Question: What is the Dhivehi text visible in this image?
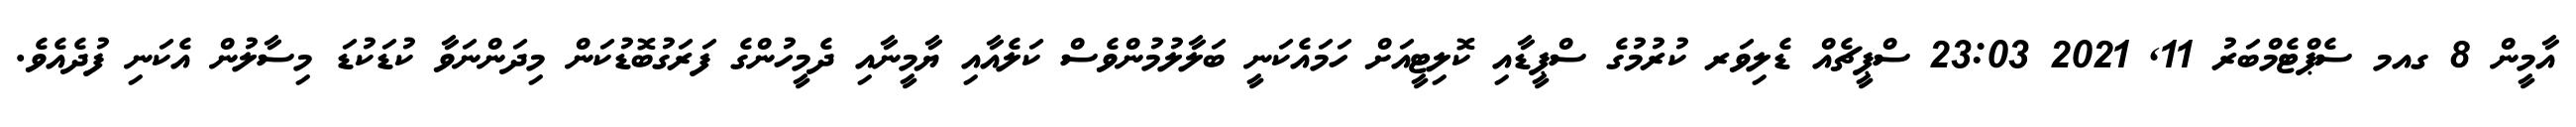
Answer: އާމީން 8 ގއމ ސެޕްޓެމްބަރު 11, 2021 23:03 ސްޕީޗެއް ޑެލިވަރ ކުރުމުގެ ސްޕީޑާއި ކޮލިޓީއަށް ހަމައެކަނީ ބަލާލުމުންވެސް ކަލެއާއި ޔާމީނާއި ދެމީހުންގެ ފަރަގުބޮޑުކަން މިދަންނަވާ ކުޑަކުޑަ މިސާލުން އެކަނި ފުދެއެވެ.